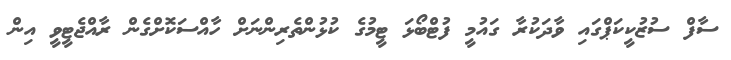
ސާފް ސުޒުކީކަޕްގައި ވާދަކުރާ ގައުމީ ފުޓްބޯޅަ ޓީމުގެ ކުޅުންތެރިންނަށް ހާއްސަކޮށްގެން ރާއްޖެޓީވީ އިން